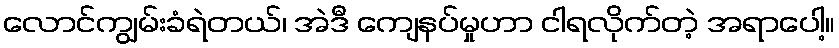
လောင်ကျွမ်းခံရဲတယ်၊ အဲဒီ ကျေနပ်မှုဟာ ငါရလိုက်တဲ့ အရာပေါ့။